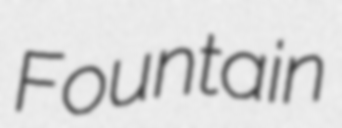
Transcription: Fountain